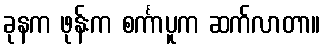
ခုနက ဖုန်းက စင်္ကာပူက ဆက်လာတာ။